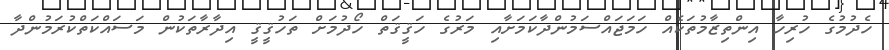
ހެދުމުގެ ހުރިހާ އިންތިޒާމުތަކެއް ހަމަޖައްސަމުންދާކަމަށާއި މަރުގެ ހަޤީޤަތް ހޯދުމަށް ތަހުޤީޤީ އިދާރާތަކުން މަސައްކަތްކުރަމުންދާ